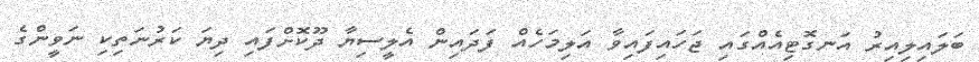
ބަލައިލިއިރު އަނގޮޓިއެއްގައި ޖަހައިފައިވާ އަލިމަހެއް ފަދައިން އެލީސިޔާ ދޫކޮށްފައި ދިޔަ ކަރުނަތިކި ނަވީންގެ